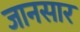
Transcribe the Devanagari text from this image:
जानसार